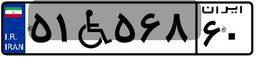
۵۱W۵۶۸۶۰